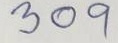
309